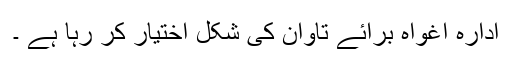
ادارہ اغواہ برائے تاوان کی شکل اختیار کر رہا ہے ۔